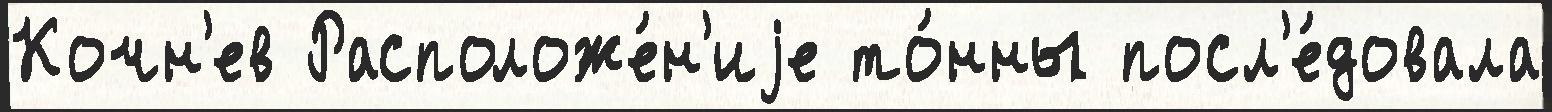
Кочн'ев Расположе́н'иjе то́нны посл'е́довала